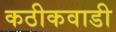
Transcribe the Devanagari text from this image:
कठीकवाडी